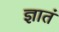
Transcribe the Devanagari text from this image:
ज्ञातं